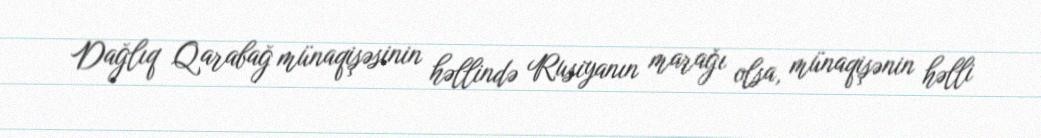
Dağlıq Qarabağ münaqişəsinin həllində Rusiyanın marağı olsa, münaqişənin həlli